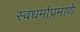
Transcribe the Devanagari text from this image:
स्वधर्माप्रमाणे